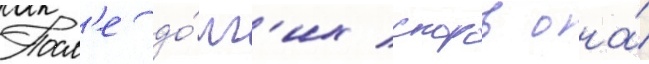
Посл'е до́лг'их споров она́